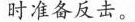
时准备反击。